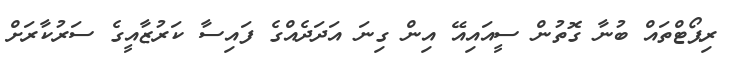
ރިޕޯޓްތައް ބުނާ ގޮތުން ސީއައިއޭ އިން ގިނަ އަދަދެއްގެ ފައިސާ ކަރުޒާއީގެ ސަރުކާރަށް